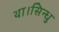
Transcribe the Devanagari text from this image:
था।सिन्धु